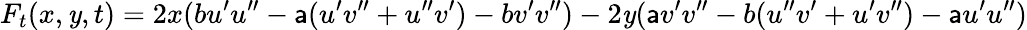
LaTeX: F_{t}(x,\mathit{y},t)=2x(bu^{\prime}u^{\prime\prime}-\mathsf{a}(u^{\prime}v^{\prime\prime}+u^{\prime\prime}v^{\prime})-bv^{\prime}v^{\prime\prime})-2\mathit{y}(\mathsf{a}v^{\prime}v^{\prime\prime}-b(u^{\prime\prime}v^{\prime}+u^{\prime}v^{\prime\prime})-\mathsf{a}u^{\prime}u^{\prime\prime})